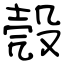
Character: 殼